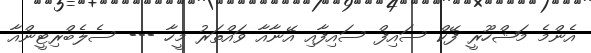
އެންމެ މަޝްހޫރީ ފޭކް ސައިފް ސައިފާއި އޭނާއާ ވައްތަރު މީހާ --- ސެލެބްރިޓީންއާ